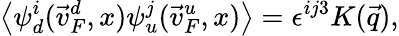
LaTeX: \left<\psi_{d}^{i}(\vec{v}_{F}^{d},x)\psi_{u}^{j}(\vec{v}_{F}^{u},x)\right>=\epsilon^{ij3}K(\vec{q}),